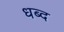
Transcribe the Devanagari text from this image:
धब्द